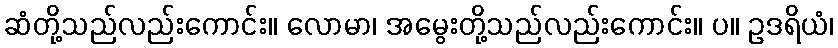
ဆံတို့သည်လည်းကောင်း။ လောမာ၊ အမွေးတို့သည်လည်းကောင်း။ ပ။ ဥဒရိယံ၊